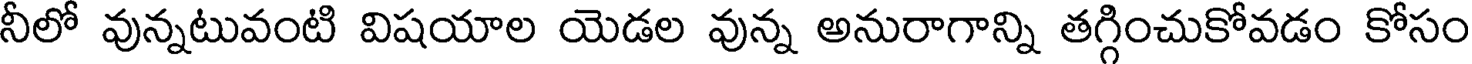
నీలో వున్నటువంటి విషయాల యెడల వున్న అనురాగాన్ని తగ్గించుకోవడం కోసం